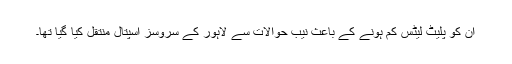
ان کو پلیٹ لیٹس کم ہونے کے باعث نیب حوالات سے لاہور کے سروسز اسپتال منتقل کیا گیا تھا۔